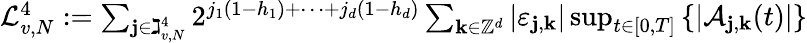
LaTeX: \begin{array}{r}{\mathcal{L}_{v,N}^{4}:=\sum_{\mathbf{j}\in\gimel_{v,N}^{4}}2^{j_{1}(1-h_{1})+\cdots+j_{d}(1-h_{d})}\sum_{\mathbf{k}\in\mathbb{Z}^{d}}\left|\varepsilon_{\mathbf{j},\mathbf{k}}\right|\operatorname*{sup}_{t\in[0,T]}\left\{ \left|\mathcal{A}_{\mathbf{j},\mathbf{k}}(t)\right|\right\} }\end{array}